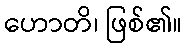
ဟောတိ၊ ဖြစ်၏။